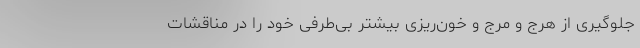
جلوگیری‌ از هرج‌ و مرج‌ و خون‌ریزی‌ بیشتر بی‌طرفی‌ خود را در مناقشات